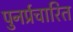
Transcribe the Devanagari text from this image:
पुनर्प्रचारित